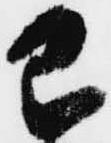
已